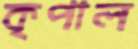
কৃপাল